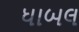
ધાબલ